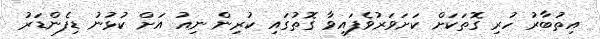
އިތުބާރު ހުރި ގޮތަކަށް ކަށަވަރުވެފައިވާ ގޮތުގައި ކުރިން ނިއު އަށް ކުޅުނު ޑިފެންޑަރު